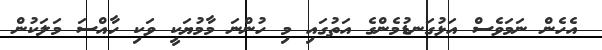
އެހެން ނަމަވެސް އަޅުގަނޑުމެންގެ އަތުގައި މި ހުންނަ މާމުޔަކީ ވަކި ހާއްސަ މަލަކުން